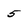
Character: 5